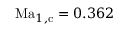
\mathrm { M a } _ { 1 , \mathrm { c } } = 0 . 3 6 2